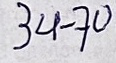
34 - 70